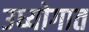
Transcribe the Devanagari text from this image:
उध्योगात